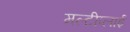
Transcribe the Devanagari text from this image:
मल्टीप्लाई